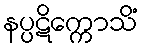
နပ္ပဋိက္ကောသိံ